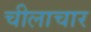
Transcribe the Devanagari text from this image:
चीलाचार